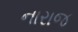
નારાજ